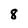
Character: 8